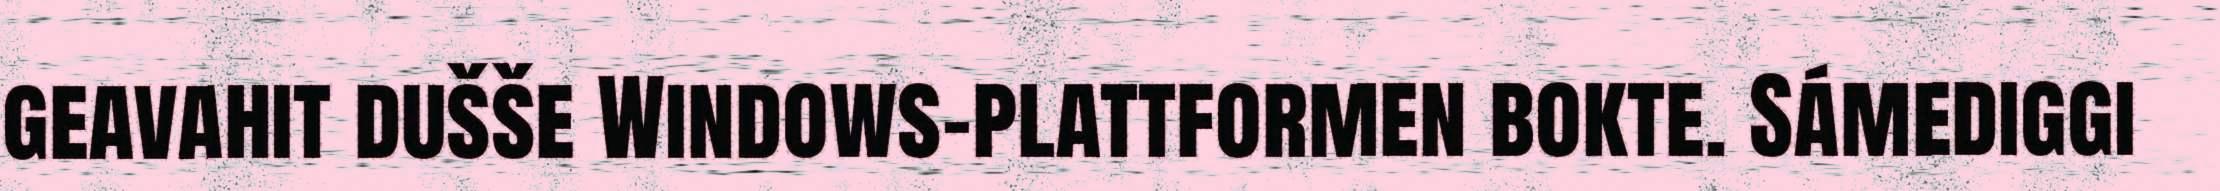
geavahit dušše Windows-plattformen bokte. Sámediggi